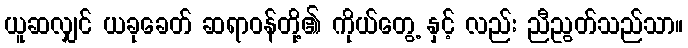
ယူဆလျှင် ယခုခေတ် ဆရာဝန်တို့၏ ကိုယ်တွေ့ နှင့် လည်း ညီညွတ်သည်သာ။